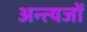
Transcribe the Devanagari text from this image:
अन्त्यजों